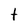
Character: t